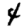
Digit: 4